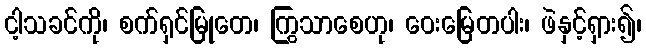
ငါ့သခင်ကို၊ စက်ရှင်မြုတေ၊ ကြွသာစေဟု၊ ဝေးမြေတပါး၊ ဖဲနှင့်ရှား၍၊